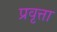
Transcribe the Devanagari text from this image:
प्रवृत्ता